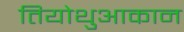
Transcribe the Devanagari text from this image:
तियोथुआकान